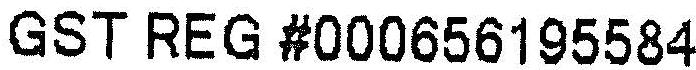
GST REG #000656195584